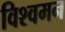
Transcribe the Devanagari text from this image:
विश्वमन